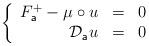
LaTeX: \begin{align*}\left\{ \begin{array}{rcl} F^{+}_{\mathsf{a}} - \mu \circ u & = & 0 \\ \mathcal{D}_{\mathsf{a}}u & = & 0 \end{array} \right.\end{align*}